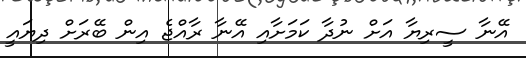
އޭނާ ސީރިޔާ އަށް ނުދާ ކަމަށާއި އޭނާ ރާއްޖެ އިން ބޭރަށް ދިޔައީ